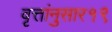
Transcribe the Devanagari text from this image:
वृत्तांनुसार१९